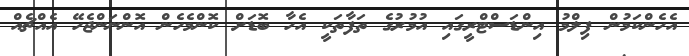
އެހެންކަމުން ފިލްމު އިންޑަސްޓްރީގައި އުމުރުގެ ތަފާތަކީ އެހާ ބޮޑަށް ކޮންމެހެން އޮންނަންޖެހޭ އެއްޗެއް